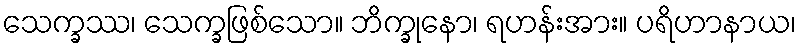
သေက္ခဿ၊ သေက္ခဖြစ်သော။ ဘိက္ခုနော၊ ရဟန်းအား။ ပရိဟာနာယ၊